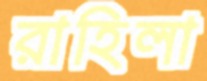
রাহিলা